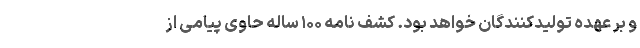
و بر عهده تولیدکنندگان خواهد بود. کشف نامه ۱۰۰ ساله حاوی پیامی از